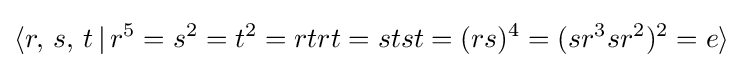
\langle r,\,s,\,t\,|\,r^{5}=s^{2}=t^{2}=rtrt=stst=(rs)^{4}=(sr^{3}sr^{2})^{2}=e\rangle